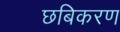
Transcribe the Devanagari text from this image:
छबिकरण